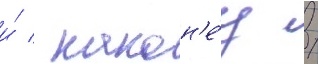
и́ / након'е́ц /